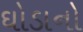
ઘોડાનો